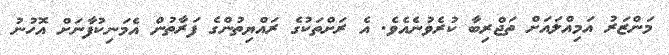
މަންޒަރު އަމިއްލައަށް ތަޖްރިބާ ކުރެވުނެއެވެ. އެ ރަށްތަކުގެ ރައްޔިތުންގެ ފަރާތުން އެމަނިކުފާނަށް އޮހުނު